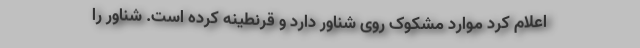
اعلام کرد موارد مشکوک روی شناور دارد و قرنطینه کرده است. شناور را